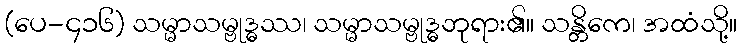
(ပေ-၄၁၆) သမ္မာသမ္ဗုဒ္ဓဿ၊ သမ္မာသမ္ဗုဒ္ဓဘုရား၏။ သန္တိကေ၊ အထံသို့။